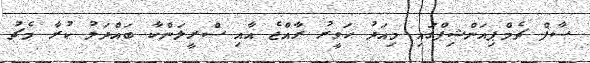
ސާފް ޗެމްޕިއަންޝިޕްގައި މިއަދު ހަވީރު ރާއްޖެ އާއި ސްރީލަންކާ ބައްދަލު ކުރާ މެޗު